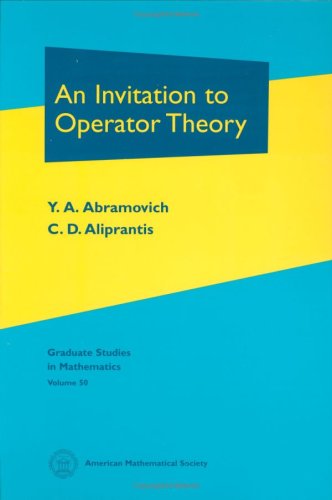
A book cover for An Invitation to Operator Theory (Volume 50) and Problems in Operator Theory (Volume 51) (v. 50); Y. A. Abramovich and C. C. Aliprantis; Science & Math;